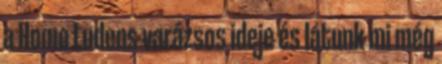
a Homo Ludens varázsos ideje és látunk mi még